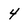
Character: 4